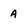
Character: 4